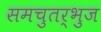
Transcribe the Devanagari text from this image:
समचुतर्भुज